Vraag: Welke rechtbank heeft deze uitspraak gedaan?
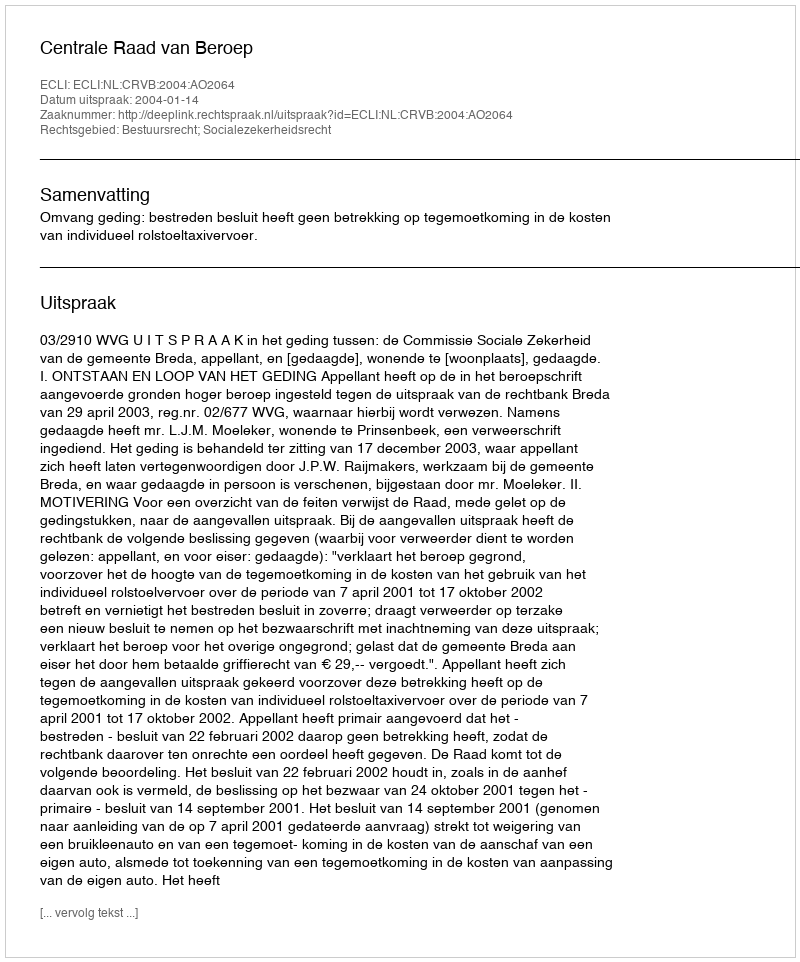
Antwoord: Centrale Raad van Beroep